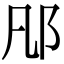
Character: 𨙮